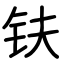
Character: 𫓧